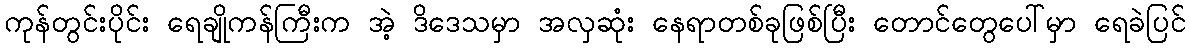
ကုန်တွင်းပိုင်း ရေချိုကန်ကြီးက အဲ့ ဒိဒေသမှာ အလှဆုံး နေရာတစ်ခုဖြစ်ပြီး တောင်တွေပေါ်မှာ ရေခဲပြင်